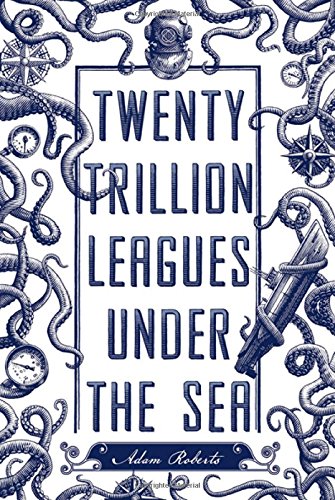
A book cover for Twenty Trillion Leagues Under the Sea; Adam Roberts; Science Fiction & Fantasy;